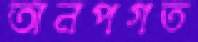
অনপগত